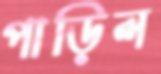
পাড়িল